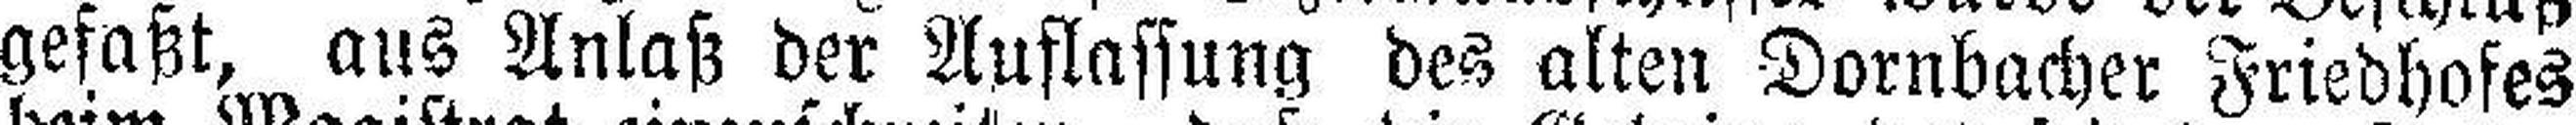
gefaßt, aus Anlaß der Auflassung des alten Dornbacher Friedhofes